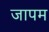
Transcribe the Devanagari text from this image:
जापम